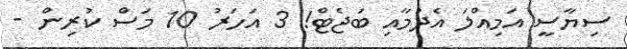
ސިޔާސީ އަމިއްލަ އެދުމާއި ބަޖެޓް! 3 އަހަރު 10 މަސް ކުރިން -